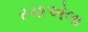
રચાએલા